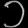
Digit: ၁